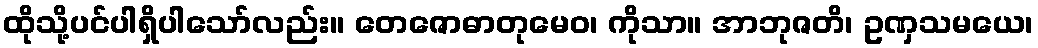
ထိုသို့ပင်ပါရှိပါသော်လည်း။ တေဇောဓာတုမေဝ၊ ကိုသာ။ အာဘုဇတိ၊ ဥဏှသမယေ၊